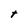
Character: t